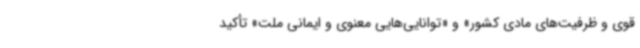
قوی و ظرفیت‌های مادی کشور» و «توانایی‌هایی معنوی و ایمانی ملت» تأکید